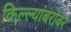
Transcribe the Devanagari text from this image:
किल्ल्यांबरोबर